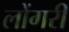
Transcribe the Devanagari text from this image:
लोंगरी